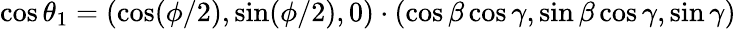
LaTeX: \cos\theta_{1}=(\cos(\phi/2),\sin(\phi/2),0)\cdot(\cos\beta\cos\gamma,\sin\beta\cos\gamma,\sin\gamma)